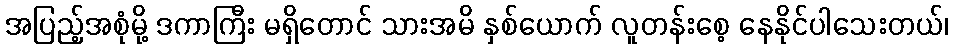
အပြည့်အစုံမို့ ဒကာကြီး မရှိတောင် သားအမိ နှစ်ယောက် လူတန်းစေ့ နေနိုင်ပါသေးတယ်၊